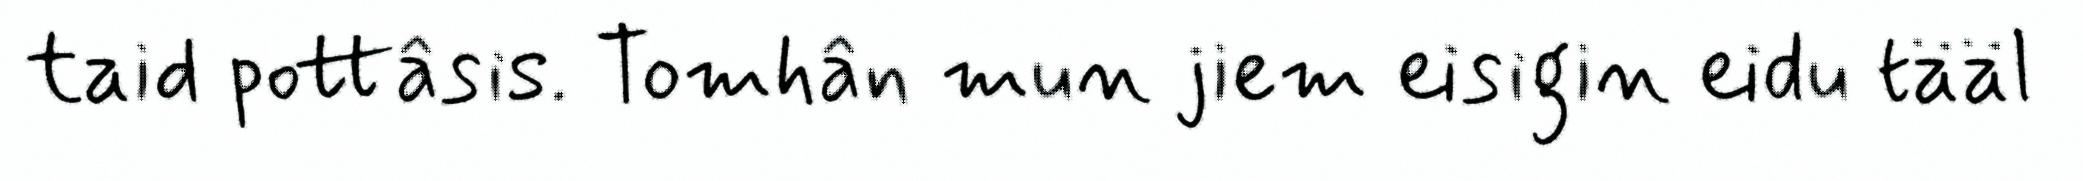
taid pottâsis. Tomhân mun jiem eisigin eidu tääl